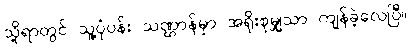
သို့ရာတွင် သူ့ပုံပန်း သဏ္ဌာန်မှာ အရိုးစုမျှသာ ကျန်ခဲ့လေပြီ။